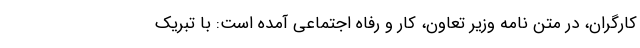
کارگران، در متن نامه وزیر تعاون، کار و رفاه اجتماعی آمده است: با تبریک